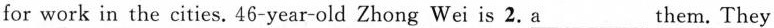
for work in the cities. 46-year-old Zhong Wei is 2.\underline{a}___ them. They